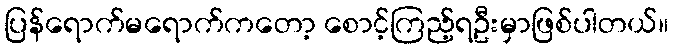
ပြန်ရောက်မရောက်ကတော့ စောင့်ကြည့်ရဦးမှာဖြစ်ပါတယ်။